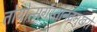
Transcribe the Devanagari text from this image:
तोयोत्सर्गस्तनितमुखरो